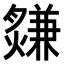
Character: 𤑃